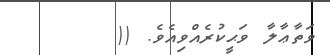
ވަތާޢާލާ ވަޙީކުރެއްވިއެވެ. ((